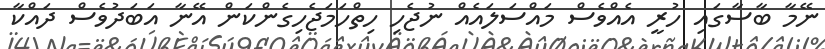
ނޭމާ ބާސާގައި ހުރީ އެއްވެސް މައްސަލައެއް ނުޖެހި ހިތްހަމަޖެހިގެންކަން އޭނާ އަބަދުވެސް ދައްކާ